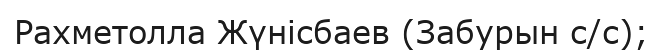
Рахметолла Жүнісбаев (Забурын с/с);